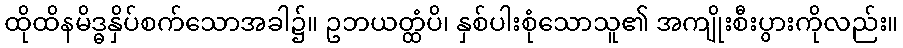
ထိုထိနမိဒ္ဓနှိပ်စက်သောအခါ၌။ ဥဘယတ္ထံပိ၊ နှစ်ပါးစုံသောသူ၏ အကျိုးစီးပွားကိုလည်း။